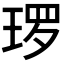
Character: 𭹜